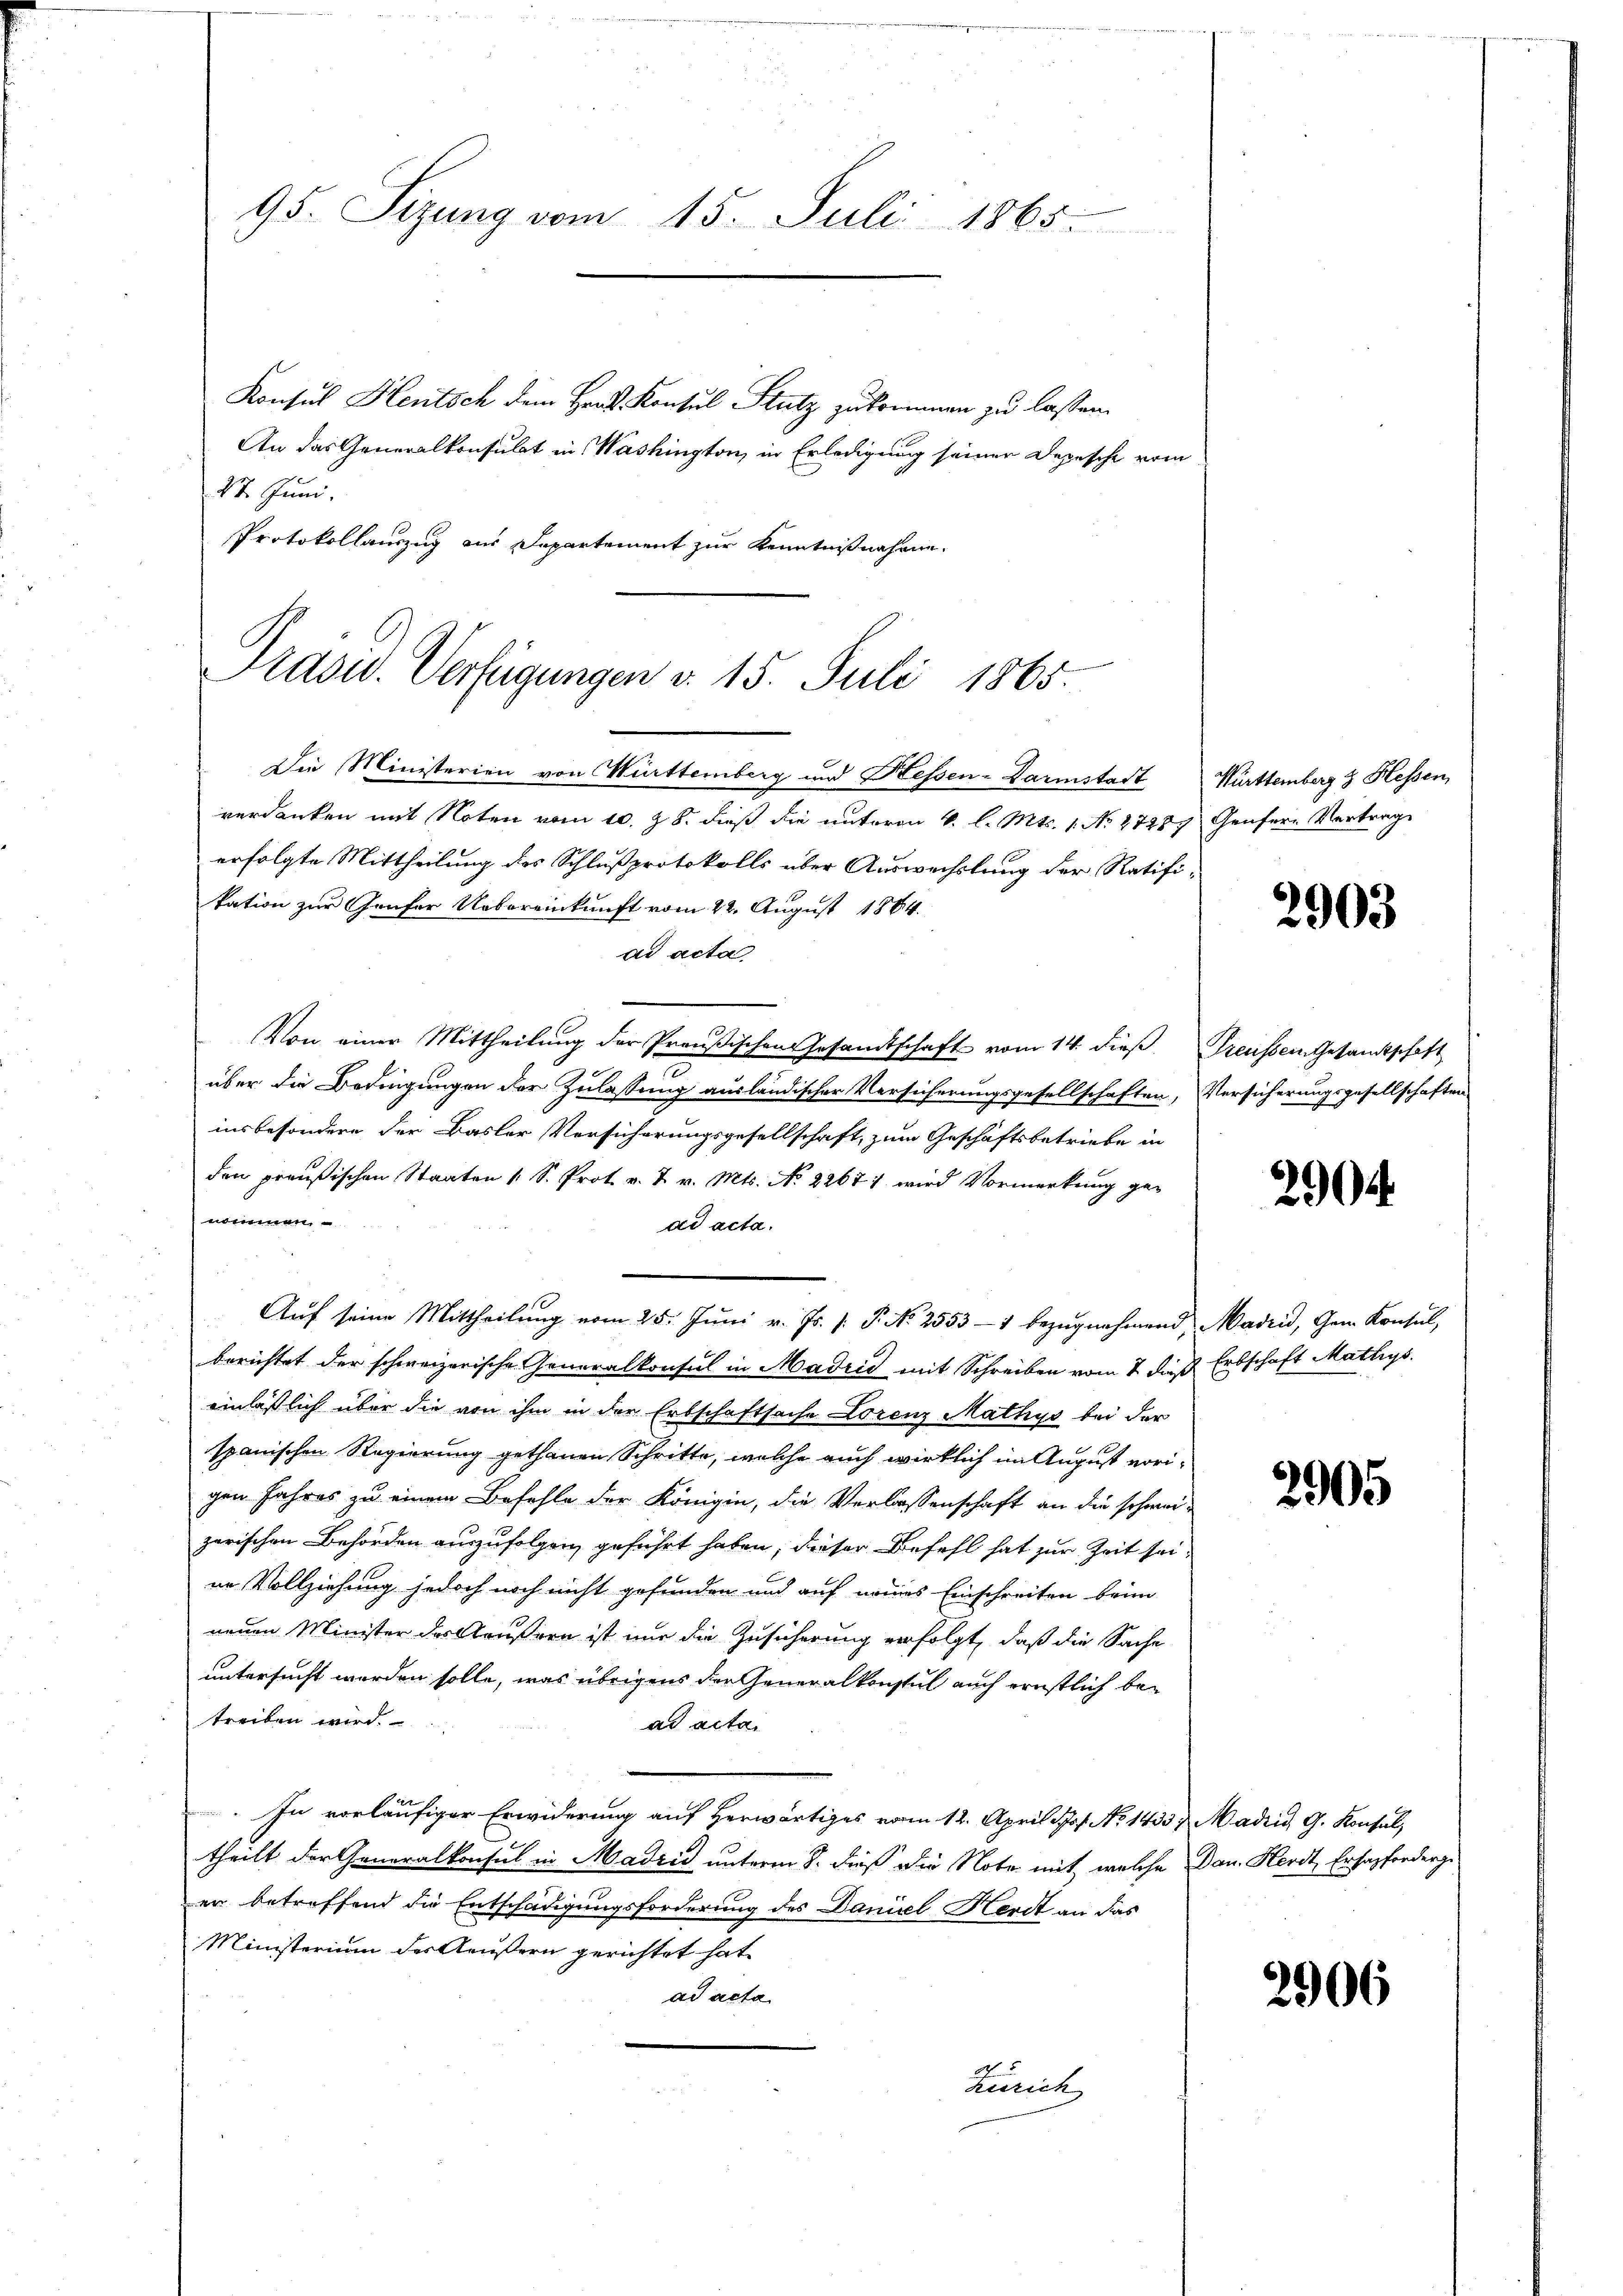
95. Sizung vom 15. Juli 1865.

Konsul Hentsch dem Hrn. Konsul Stutz zukommen zu lassen.
An das Generalkonsulat in Washington, in Erledigung seiner Depesche vom
St. Juni.
Protokollauszug aus Departement zur Kenntnißnahme
Die Ministerien von Württemberg und Hessen-Darmstadt Württemberg & Hessen,
verdanken mit Noten vom 10. Z. 8. dieß die unterm 4. l. Mts. 1. No. 2728) Genfere Vertrage
erfolgte Mittheilung des Schlußprotokolls über Auswechslung der Ratifikation zur Genfer Uebereinkunft vom 22. August 1864.
ad acta.
Von einer Mittheilung der Preußischen Gesandtschaft vom 14. dieß Preussem Gesandtschaft
über die Bedingungen der Zulassung ausländischer Versicherungsgesellschaften, Versicherungsgesellschaften
insbesondere der Basler Versicherungsgesellschaft, zum Geschäftsbetriebe in
den preußischen Staaten 1 S. Prot. v. 2. v. Mts. No. 22671 wird Vormerkung ge-
nommen
dd acta.
Aŭf seine Mittheilŭng vom 25. Jŭni v. Js. s. P. Nr. 2553-1 bezŭgnehmend, Madrid, Gem. Konsul,
berichtet der schweizerische Generalkonsul in Madrid mit Schreiben vom 7. dieß Erbschaft Mathys.
einlässlich über die von ihm in der Erbschaftsache Lorenz Mathys bei der
spanischen Regierung gethanen Schritte, welche auch wirklich im August vorigen Jahres zu einem Befehle der Königin, die Verlassenschaft an die schanizerischen Behörden auszufolgen, geführt haben, dieser Befehl hat zur Zeit seine Vollziehung jedoch noch nicht gefunden und auf neues Einschreiten beim
neuen Minister der Krusern ist nur die Zusicherung verfolgt, daß die Sache
untersucht werden solle, was übrigens der Generalkonstul auch ernstlich betreiben wird.
ad acta.
In vorläufiger Erwiderung auf Herwärtiges vom 12. April 1. No 1433.  Madrid G. Konsul,
theilt der Generalkonsul in Madrid unterm 8. dieß die Note mit, welche Dan. Herdt, Ersapfenderge
er betreffend die Entschädigungsforderung des Daniel Herdt an das
Ministerium der Aeußern gerichtet hat,
ad acta
Zürich

Präsid. Verfügungen v. 15. Juli 1865.

2903

290.

2905

2906